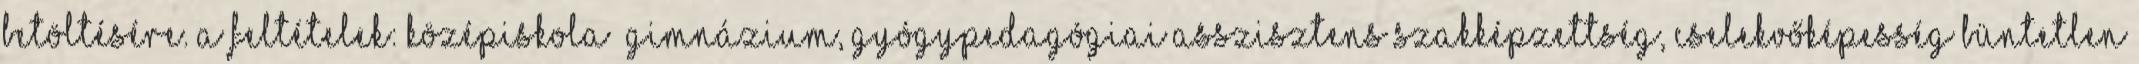
betöltésére. A feltételek: Középiskola gimnázium, gyógypedagógiai asszisztens szakképzettség, Cselekvőképesség Büntetlen